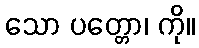
သော ပတ္တော၊ ကို။